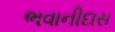
ભવાનીદાસ